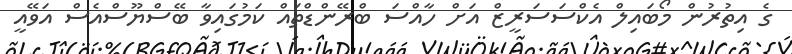
ގެ އިތުރުން މޯބައިލް އެކްސަސަރީޒް އަށް ހާއްސަ ބްރޭންޑްތައް ކަމުގައިވާ ބޭސްޔޫސްއެސް އަވޭއީ